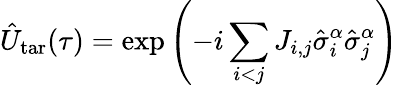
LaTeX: \hat{U}_{\mathrm{tar}}(\tau)=\exp\left(-i\sum_{i<j}J_{i,j}\hat{\sigma}_{i}^{\alpha}\hat{\sigma}_{j}^{\alpha}\right)